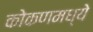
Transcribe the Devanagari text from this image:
कोकणमध्ये